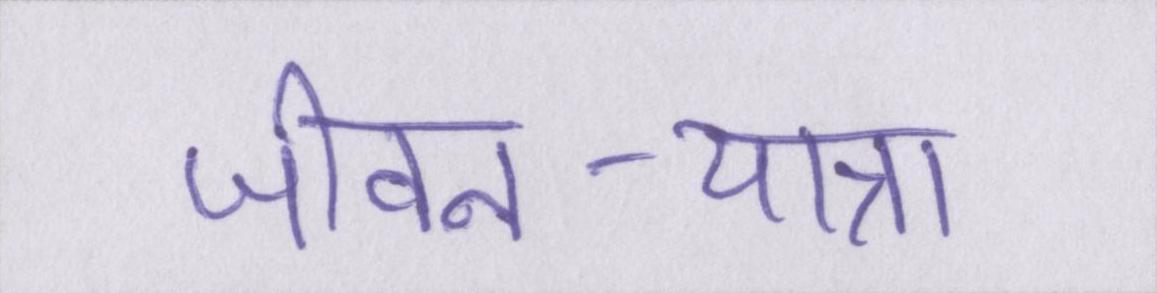
जीवन-यात्रा